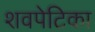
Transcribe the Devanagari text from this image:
शवपेटिका